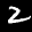
Label: 2